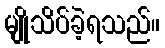
မျိုသိပ်ခဲ့ရသည်။